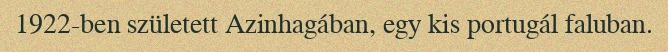
1922-ben született Azinhagában, egy kis portugál faluban.